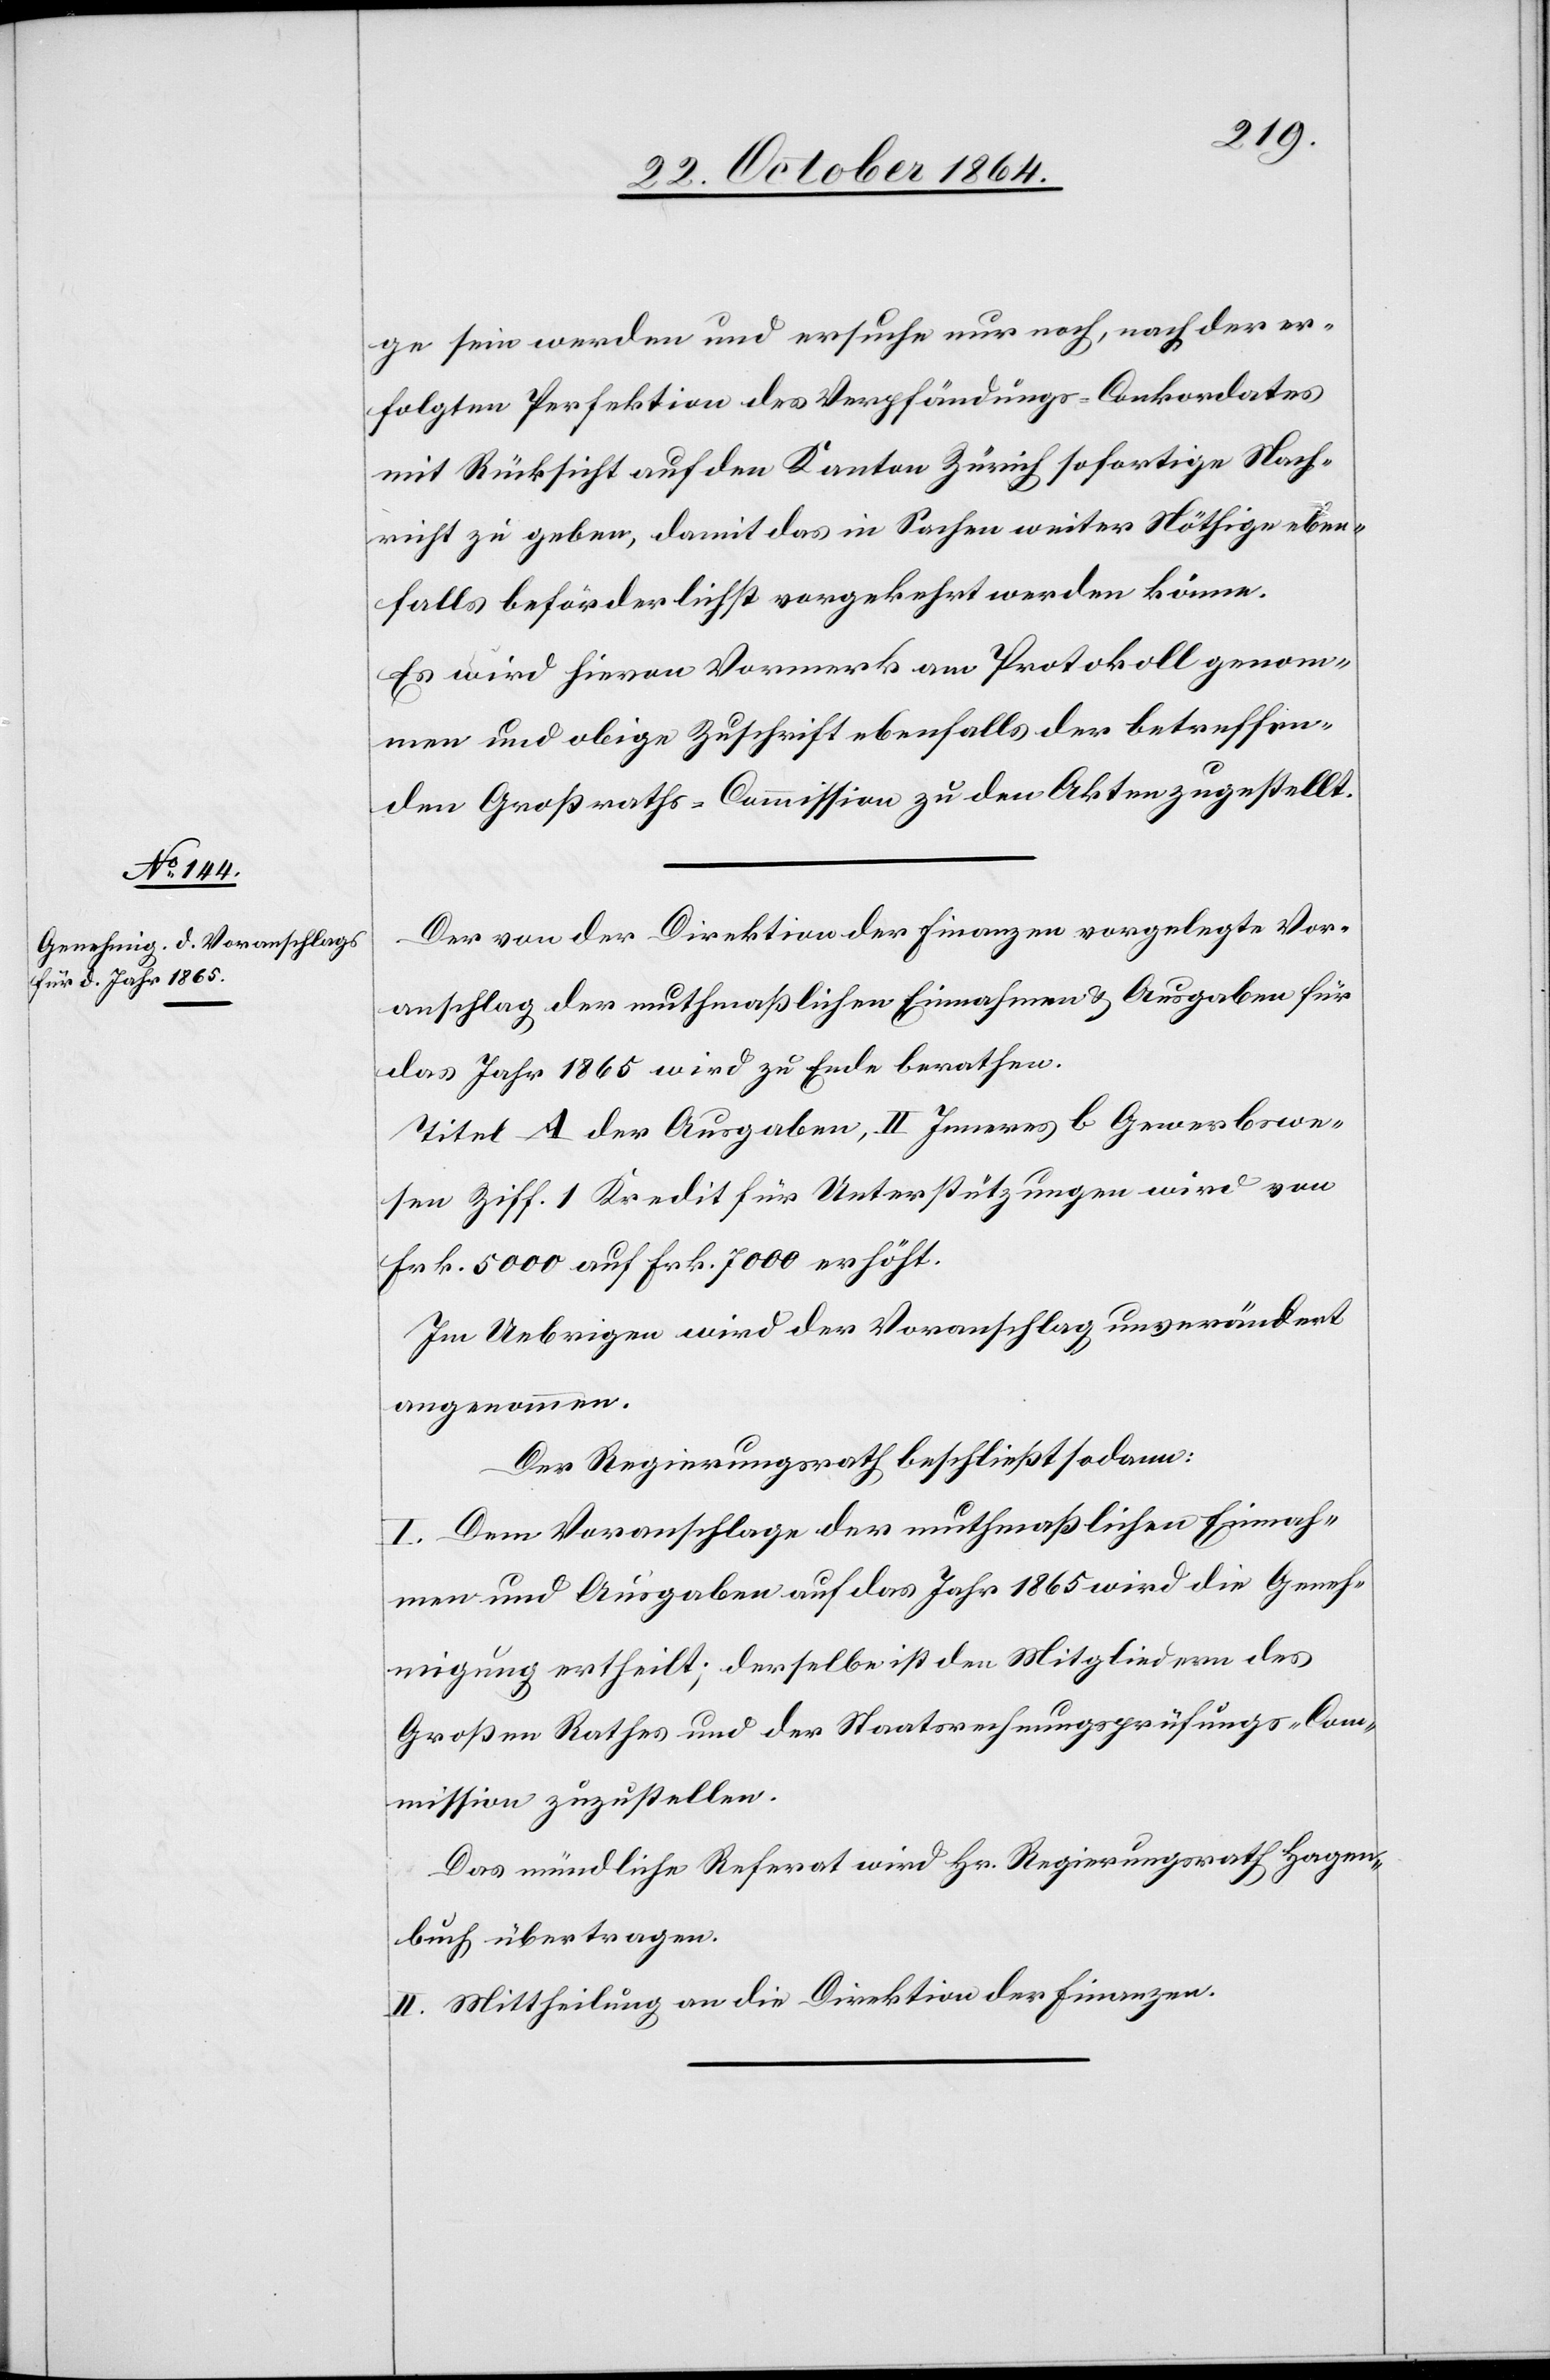
ge sein werden und ersuche nur noch, nach der er¬
folgten Perfektion des Verpfändungs-Conkordates
mit Rücksicht auf den Kanton Zürich sofortige Nach¬
richt zu geben, damit das in Sachen weiter Nöthige eben¬
falls beförderlichst vorgekehrt werden könne.
Es wird hievon Vormerk am Protokoll genom¬
men und obige Zuschrift ebenfalls der betreffen¬
den Großraths-Commission zu den Akten zugestellt.
Der von der Direktion der Finanzen vorgelegte Vor¬
anschlag der muthmaßlichen Einnahmen & Ausgaben für
das Jahr 1865 wird zu Ende berathen.
Titel A der Ausgaben, II Inneres b Gewerbswe¬
sen Ziff. 1 Kredit für Unterstützungen wird von
Frk. 5000 auf Frk. 7000 erhöht.
Im Uebrigen wird der Voranschlag unverändert
angenommen.
Der Regierungsrath beschließt sodann:
I. Dem Voranschlage der muthmaßlichen Einnah¬
men und Ausgaben für das Jahr 1865 wird die Geneh¬
migung ertheilt; derselbe ist den Mitgliedern des
Großen Rathes und der Staatsrechnungsprüfungs-Com¬
mission zuzustellen.
Das mündliche Referat wird Hr. Regierungsrath Hagen¬
buch übertragen.
II. Mittheilung an die Direktion der Finanzen.